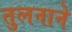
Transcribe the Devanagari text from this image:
तुलनाने